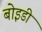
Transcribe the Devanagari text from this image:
बोइडी